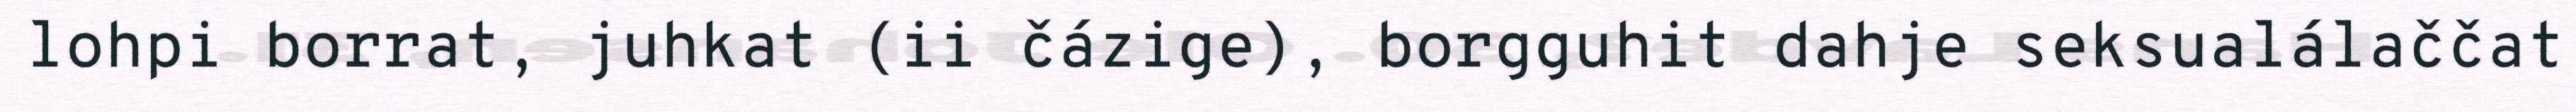
lohpi borrat, juhkat (ii čázige), borgguhit dahje seksualálaččat